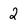
Character: 2